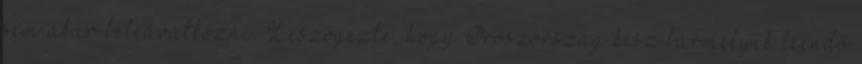
sem akar beleavatkozni. Leszögezte, hogy Oroszország kész bármelyik leendő